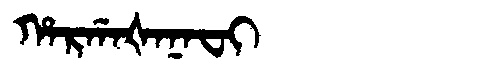
Manchu: ᡥᠠᡵᡤᠠᡧᠠᠨᠠᠸᡳ
Romanization: HARGAŠANAFI